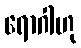
ရောဂါဟု